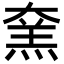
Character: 㚠